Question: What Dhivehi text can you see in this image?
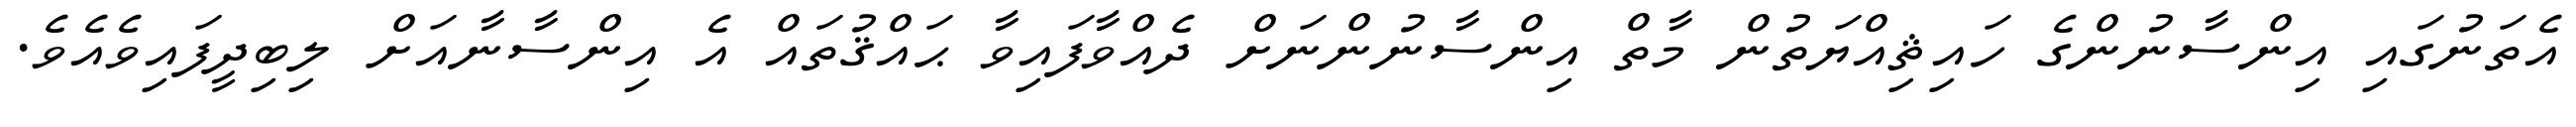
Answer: އެތަނުގައި އިންސާނުންގެ ހައިޘިއްޔަތުން މާތް އިންސާނުންނަށް ދެއްވާފައިވާ ޙައްޤުތައް އެ އިންސާނާއަށް ލިބިދީފައިވެއެވެ.